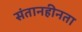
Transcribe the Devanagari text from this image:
संतानहीनता